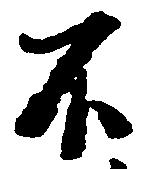
不